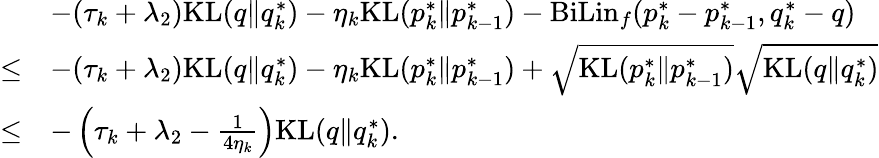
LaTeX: \begin{array}{rl}&{-(\tau_{k}+\lambda_{2})\mathrm{KL}(q\| q_{k}^{*})-\eta_{k}\mathrm{KL}(p_{k}^{*}\| p_{k-1}^{*})-\mathrm{BiLin}_{f}(p_{k}^{*}-p_{k-1}^{*},q_{k}^{*}-q)}\\ {\leq}&{-(\tau_{k}+\lambda_{2})\mathrm{KL}(q\| q_{k}^{*})-\eta_{k}\mathrm{KL}(p_{k}^{*}\| p_{k-1}^{*})+\sqrt{\mathrm{KL}(p_{k}^{*}\| p_{k-1}^{*})}\sqrt{\mathrm{KL}(q\| q_{k}^{*})}}\\ {\leq}&{-\left(\tau_{k}+\lambda_{2}-\frac{1}{4\eta_{k}}\right)\mathrm{KL}(q\| q_{k}^{*}).}\end{array}